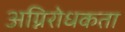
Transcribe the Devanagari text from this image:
अग्निरोधकता